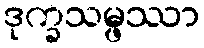
ဒုက္ခသမ္ဖဿာ